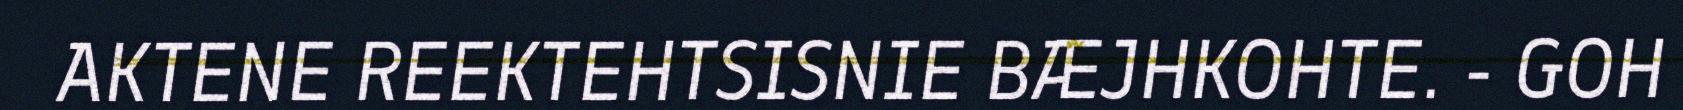
AKTENE REEKTEHTSISNIE BÆJHKOHTE. - GOH